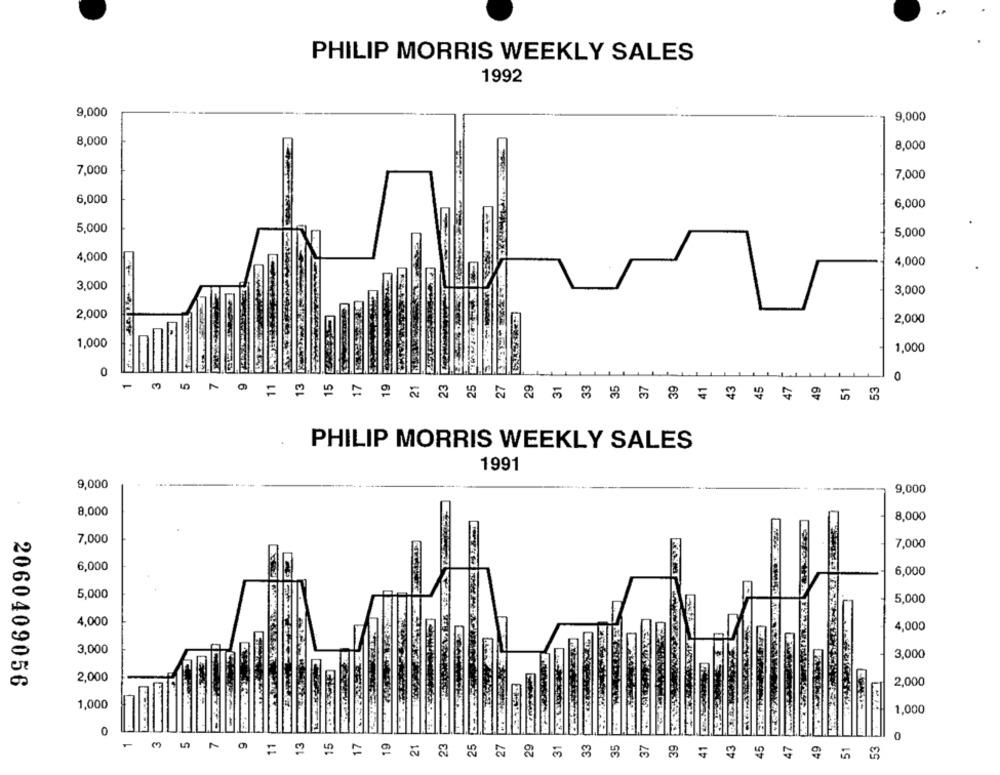
PHILIP MORRIS WEEKLY SALES
1992
9,000
9,000
8,000
8,000
7,000
7,000
6,000
6,000
5,000
5.000
4,000
4,000
3,000
3,000
2,000
2,000
1,000
1,000
13
17
19
21
23
25
27
29
33
0
PHILIP MORRIS WEEKLY SALES
1991
9,000
9,000
8,000
8,000
7,000
7,000
6,000
6,000
5,000
5,000
4,000
4,000
3,000
3,000
2060409056
2,000
2,000
1,000
1,000
13
15
17
19
25
27
29
31
33
35
39
41
43
45
49
0
21
23
37
47
=